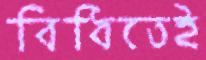
বিধিতেই